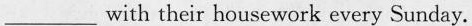
___with their housework every Sunday.